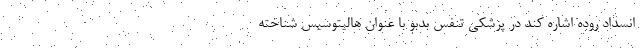
انسداد روده اشاره کند در پزشکی تنفس بدبو با عنوان هالیتوسیس شناخته